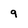
Character: 9